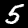
Label: 5